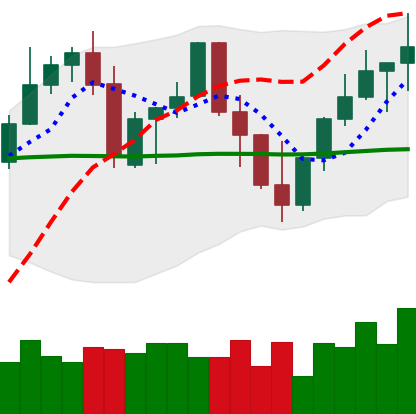
Ticker: LINK-USD
Chart end date: 2022-09-27
Forward return: -11.649%
Label: down_7plus